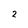
Character: 2